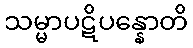
သမ္မာပဋိပန္နောတိ